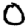
Digit: 0